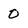
Character: 0